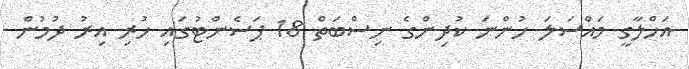
އަޚްލާގީ މައްސަލަ ހުންނަ ކުދިންގެ ނިސްބަތް 18 ޕަސެންޓުގައި ހުރި އިރު ދުމުން